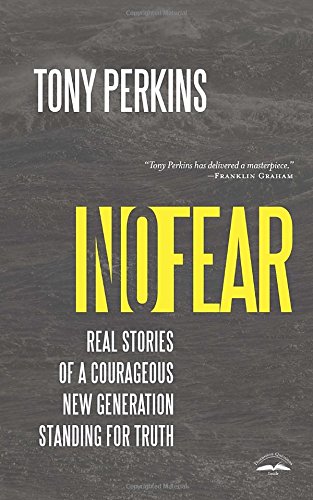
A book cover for No Fear: Real Stories of a Courageous New Generation Standing for Truth; Tony Perkins; Biographies & Memoirs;